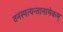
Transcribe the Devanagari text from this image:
वनस्पत्यन्तानामेकम्